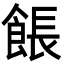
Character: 餦